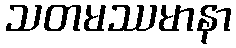
သတမဿမာနာ